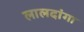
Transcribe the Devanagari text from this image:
लालदांगा